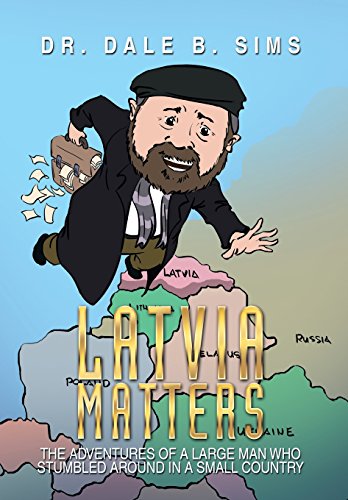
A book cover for Latvia Matters: The Adventures of a Large Man Who Stumbled Around in a Small Country; Dr Dale B. Sims; Travel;